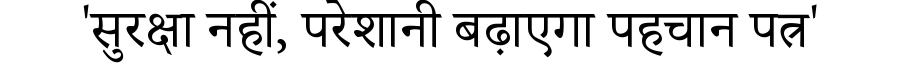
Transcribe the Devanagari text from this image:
'सुरक्षा नहीं, परेशानी बढ़ाएगा पहचान पत्र'